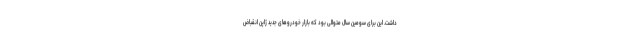
داشت. این برای سومین سال متوالی بود که بازار خودروهای جدید ژاپن انقباض